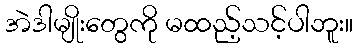
အဲဒါမျိုးတွေကို မထည့်သင့်ပါဘူး။